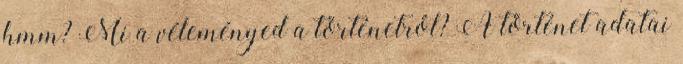
hmm? Mi a véleményed a történetről? A történet adatai